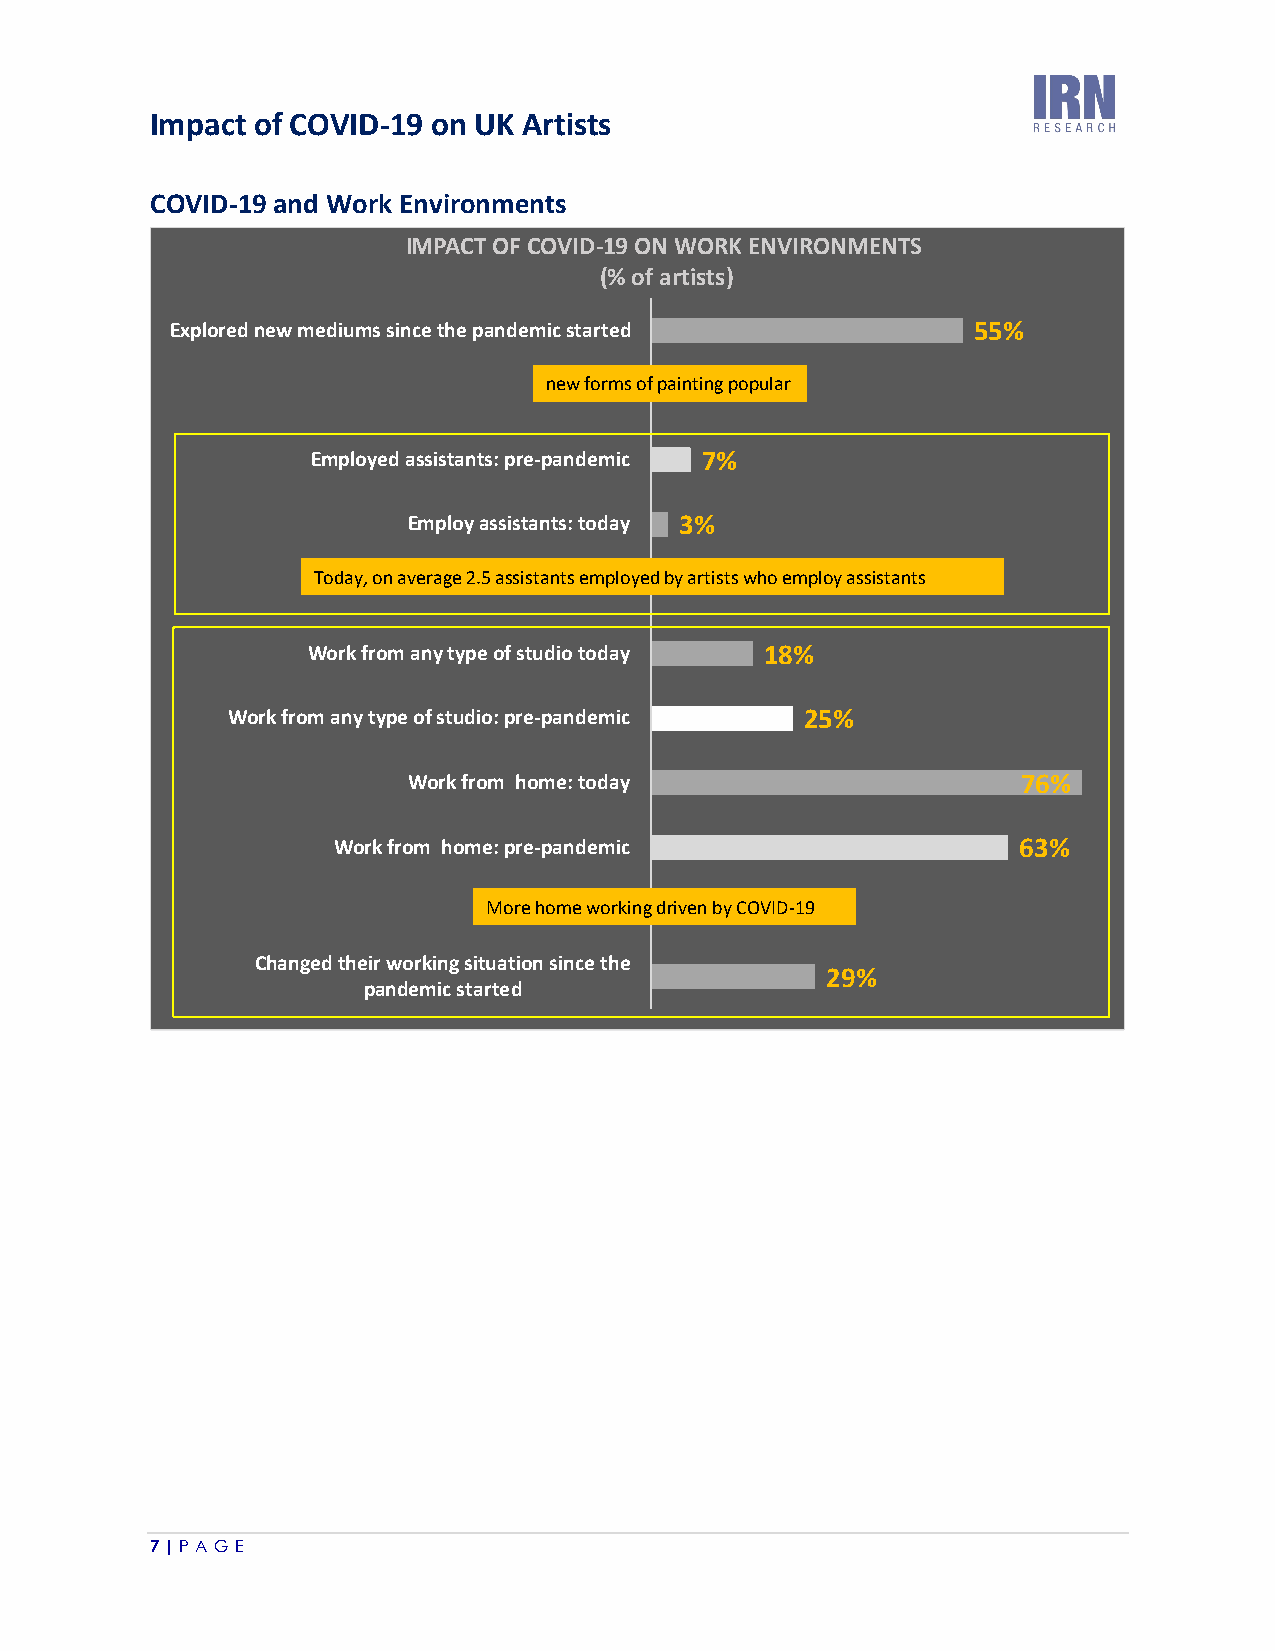
Impact of COVID-19 on UK Artists
 COVID-19 and Work Environments
 7 | P A G E
 E x p lo r e
 W
 d n
 o r
 C
 e
 k
 h
 w
 f
 a
 m
 r o
 n g
 I M P A C T O F C O V I D - 1 9 O N W O R(
 % o f a r t i s t s
 e d iu m s s in c e t h e p a n d e m ic s t a r t e d
 n e w fo r m s o f p a in t in g
 7 %E m p lo y e d a s s is t a n t s : p r e - p a n d e m ic
 3 %E m p lo y a s s is t a n t s : t o d a y
 T o d a y , o n a v e r a g e 2 .5 a s s is t a n t s e m p lo y e d b y a r t is
 W o r k f r o m a n y t y p e o f s t u d io t o d a y
 m a n y t y p e o f s t u d io : p r e - p a n d e m ic
 W o r k f r o m h o m e : t o d a y
 W o r k f r o m h o m e : p r e - p a n d e m ic
 M o r e h o m e w o r k in g d r iv e n b
 e d t h e ir w o r k in g s it u a t io n s in c e t h ep
 a n d e m ic s t a r t e d
 K E)
 p o p
 t s w
 y C O
 N V I R O N
 u la r
 h o e m p lo y
 1 8 %
 2 5 %
 V ID -1 9
 2
 M
 a
 9
 s
 %
 E N
 s is t
 T
 a n
 S
 t s
 5 5 %
 7
 6
 6
 3
 %
 %